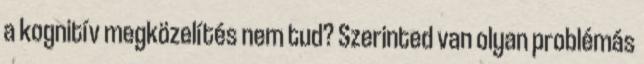
a kognitív megközelítés nem tud? Szerinted van olyan problémás